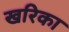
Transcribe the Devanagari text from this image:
खरिका